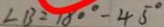
\angle B = 1 8 0 ^ { \circ } - 4 5 ^ { \circ }